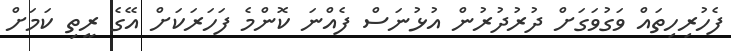
ފެހުރިހިތައް ވަގުވަގަށް ދުރުދުރުން އުޅުނަސް ފެއްނަ ކޮންމެ ފަހަރަކަށް އޭގެ ރީތި ކަމަށް